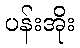
ပန်းအိုး